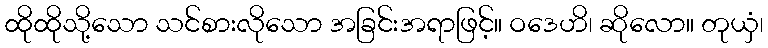
ထိုထိုသို့သော သင်စားလိုသော အခြင်းအရာဖြင့်။ ဝဒေဟိ၊ ဆိုလော။ တုယှံ၊